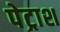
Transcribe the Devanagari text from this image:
पेट्राश